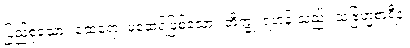
ပြည့်စုံသော။ ထေရော၊ မထေရ်ဖြစ်သော။ ဘိက္ခု၊ ရဟန်းသည်။ သဗြဟ္မစာရီနံ၊